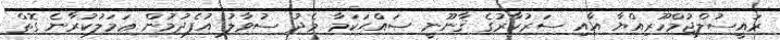
ރައީސުލްޖުމްހޫރިއްޔާ އާއި ސަރުކާރުގެ ޤާނޫނީ ޞައްޙަކަމާ މެދު ސުވާލު އުފެދުމުން ޢަމަލުކުރާނެ ގޮތް